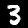
Label: 3